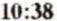
10:38